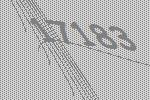
17183